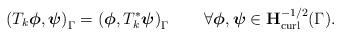
LaTeX: \begin{align*}\left( T_{k}\mbox{\boldmath$ \phi$},\mbox{\boldmath$ \psi$}\right) _{\Gamma}=\left(\mbox{\boldmath$ \phi$},T_{k}^{\ast}\mbox{\boldmath$ \psi$}\right) _{\Gamma}\qquad\forall\mbox{\boldmath$ \phi$},\mbox{\boldmath$ \psi$}\in\mathbf{H}_{\operatorname*{curl}}^{-1/2}(\Gamma). \end{align*}